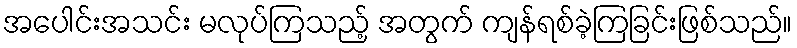
အပေါင်းအသင်း မလုပ်ကြသည့် အတွက် ကျန်ရစ်ခဲ့ကြခြင်းဖြစ်သည်။